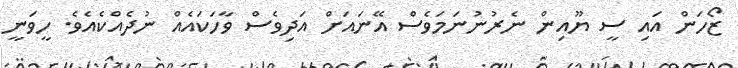
ޒޯހަން އައި ސީ ޔޫއިން ނެރުނުނަމަވެސް އޭނައަށް އަދިވެސް ވާހަކައެއް ނުދެއްކެއެވެ. ހީވަނީ